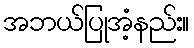
အဘယ်ပြုအံ့နည်း။